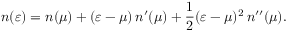
n ( \varepsilon ) = n ( \mu ) + ( \varepsilon - \mu ) \, n ^ { \prime } ( \mu ) + \frac { 1 } { 2 } ( \varepsilon - \mu ) ^ { 2 } \, n ^ { \prime \prime } ( \mu ) .